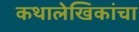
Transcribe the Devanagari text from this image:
कथालेखिकांचा